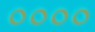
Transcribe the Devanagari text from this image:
००००